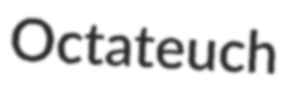
Octateuch